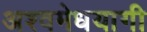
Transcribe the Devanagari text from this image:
अश्वमेधयागी